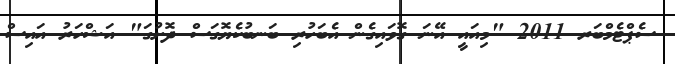
ސެޕްޓެމްބަރ 2011 "މިއައީ އޭނަ ގޮވައިގެން އެބަހުރި ބަނބުކެޔޮގަސް ދޮށުގަ" އަޝްހަރު އައިސް